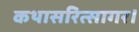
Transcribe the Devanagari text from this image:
कथासरित्सागर।